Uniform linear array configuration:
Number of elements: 32
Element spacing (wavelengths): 0.5
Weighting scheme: hamming
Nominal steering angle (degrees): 15
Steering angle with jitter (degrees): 16.043
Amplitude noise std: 0.05
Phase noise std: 0.05

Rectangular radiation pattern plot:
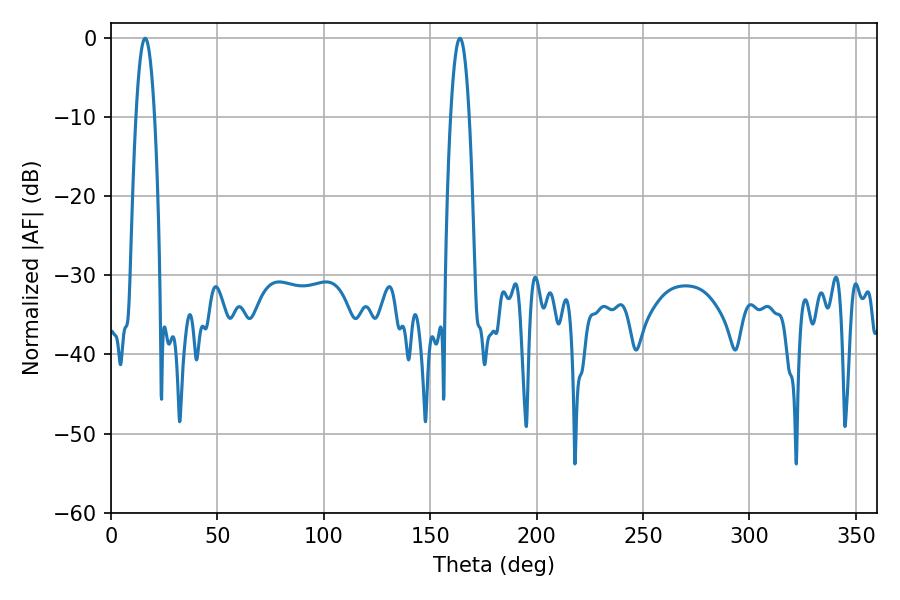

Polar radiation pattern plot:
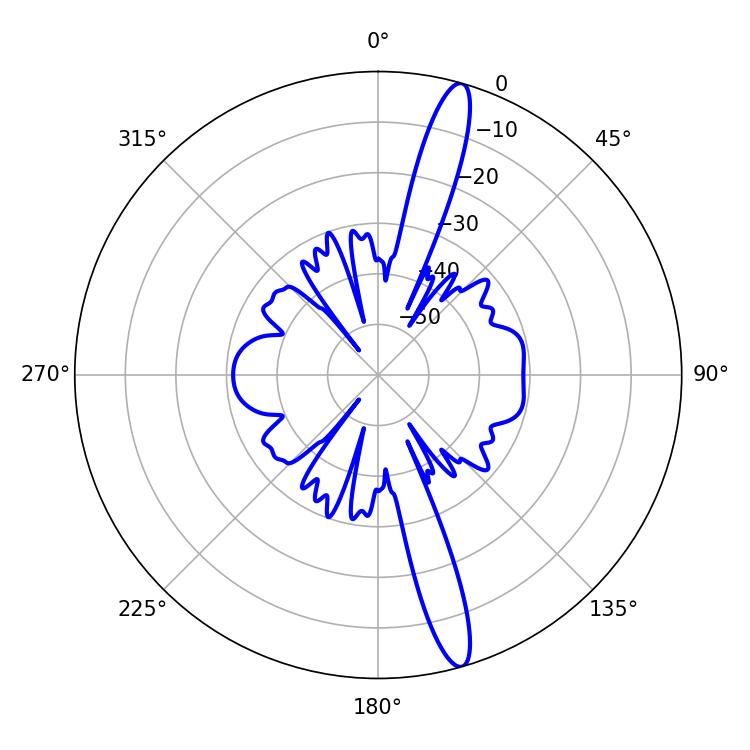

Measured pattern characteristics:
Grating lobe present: FALSE
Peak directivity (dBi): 15.988
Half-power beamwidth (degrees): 4.68
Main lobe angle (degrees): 16.02